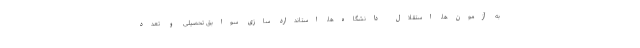
به آزمون‌ها، استقلال دانشگاه‌ها، استاندارد سازی سوابق تحصیلی و تعدد